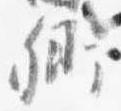
卿